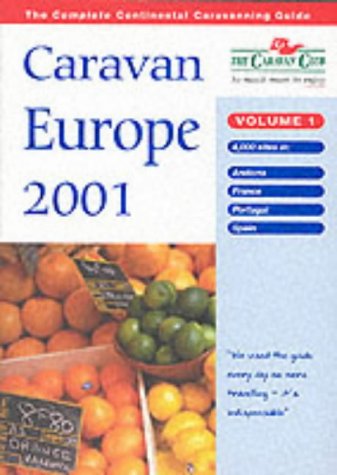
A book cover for Caravan Europe 2001: France, Spain, Portugal, Andorra v. 1; Travel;